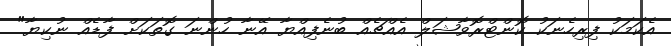
އެކަމަކު ފިރިހެނަކު ކޮންޓްރޮވާޝަލް އެއްޗެއް ބުނެފިއްޔާ އޭނާ ހުންނަ ގޮތަކަށް ފާޑެއް ނުކިޔާ"